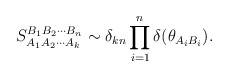
\begin{align*}S_{A_1 A_2 \cdots A_k }^{B_1 B_2 \cdots B_n}\sim\delta_{k n}\prod_{i=1}^{n}\delta (\theta_{A_i B_i}).\end{align*}